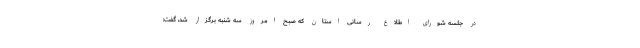
در جلسه شورای اطلاع رسانی استان که صبح امروز سه شنبه برگزار شد، گفت: